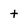
Character: t